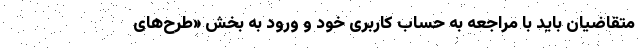
متقاضیان باید با مراجعه به حساب کاربری خود و ورود به بخش «طرح‌های